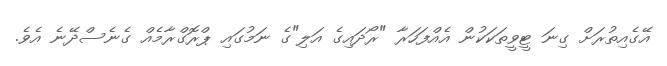
އޭގެއިތުރަށް ގިނަ ޓީވީތަކަކުން އެއްފަހަރާ "ރޯދައިގެ އަލި"ގެ ނަމުގައި ޕްރޮގްރާމެއް ގެނެސްދޭނެ އެވެ.